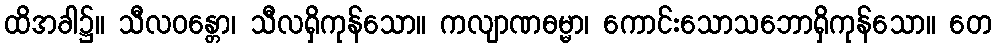
ထိအခါ၌။ သီလဝန္တော၊ သီလရှိကုန်သော။ ကလျာဏဓမ္မာ၊ ကောင်းသောသဘောရှိကုန်သော။ တေ